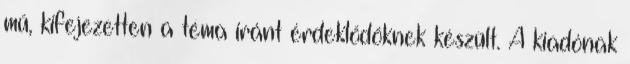
mű, kifejezetten a téma iránt érdeklődőknek készült. A kiadónak